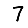
Digit: 7